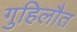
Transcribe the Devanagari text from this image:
गुहिलौत